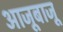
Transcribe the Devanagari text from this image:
आजूबाजू